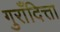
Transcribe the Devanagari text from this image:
गुराँदित्ता